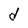
Character: d